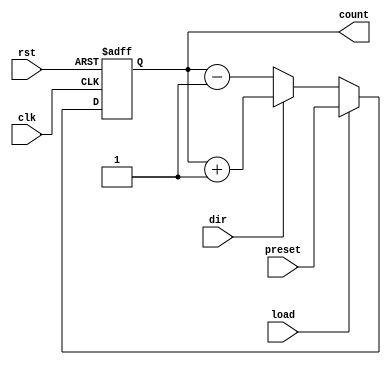
module synchronous_load_counter (
    input wire clk,            // Clock signal
    input wire rst,            // Asynchronous active-high reset
    input wire load,           // Control signal to load preset value
    input wire dir,            // Control signal for counting direction (up/down)
    input wire [7:0] preset,   // Preset value to load into the counter
    output reg [7:0] count     // Current counter value
);

// Counter behavior
always @(posedge clk or posedge rst) begin
    if (rst) begin
        // Asynchronous reset
        count <= 8'b0;
    end else if (load) begin
        // Load preset value
        count <= preset;
    end else begin
        // Counting operation
        if (dir) begin
            // Increment
            count <= count + 1;
        end else begin
            // Decrement
            count <= count - 1;
        end
    end
end

endmodule